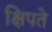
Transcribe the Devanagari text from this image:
क्षिपते